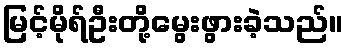
မြင့်မိုရ်ဦးတို့မွေးဖွားခဲ့သည်။